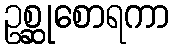
ဥစ္ဆုစောရကာ